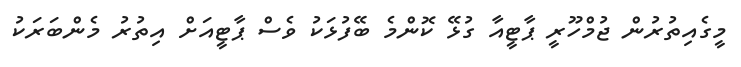
މީގެއިތުރުން ޖުމްހޫރީ ޕާޓީއާ ގުޅޭ ކޮންމެ ބޭފުޅަކު ވެސް ޕާޓީއަށް އިތުރު މެންބަރަކު